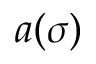
a ( \sigma )